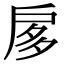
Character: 扅